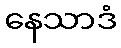
နေသာဒံ